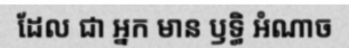
ដែល ជា អ្នក មាន ឫទ្ធិ អំណាច